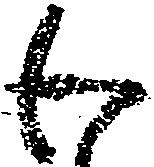
わ